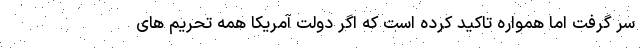
سر گرفت اما همواره تاکید کرده است که اگر دولت آمریکا همه تحریم های